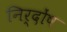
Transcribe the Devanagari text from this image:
निर्दोंष